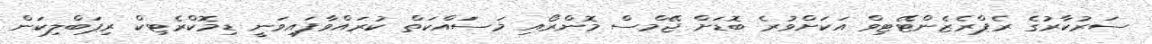
ސަރުކާރުގެ ރެޕްރެޒެންޓޭޓިވް އަކަށްވުރެ ބޮޑަށް ޖޭމްސް މޮންރޯއި މަސަައްކަތް ކުރައްވާފައިވަނީ ޑިމޮކްރެޓިކް ރިޕަބްލިކަން